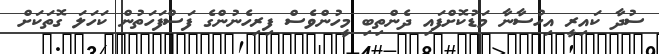
ސުދާ ކައިރީ އިހުސާނާ މަޑުކޮށްފައި ދެންތިބި މީހުންވެސް ފިރިހެނުންގެ ފަސްފަހަތުން ކަހަލަ ގޮތަކަށް